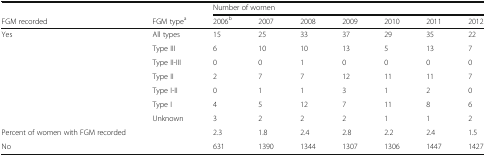
<table><thead><tr><td colspan="2"></td><td colspan="7"><b>Number of women</b></td></tr><tr><td><b>FGM recorded</b></td><td><b>FGM type<sup>a</sup></b></td><td><b>2006<sup>b</sup></b></td><td><b>2007</b></td><td><b>2008</b></td><td><b>2009</b></td><td><b>2010</b></td><td><b>2011</b></td><td><b>2012</b></td></tr></thead><tbody><tr><td>Yes</td><td>All types</td><td>15</td><td>25</td><td>33</td><td>37</td><td>29</td><td>35</td><td>22</td></tr><tr><td></td><td>Type III</td><td>6</td><td>10</td><td>10</td><td>13</td><td>5</td><td>13</td><td>7</td></tr><tr><td></td><td>Type II-III</td><td>0</td><td>0</td><td>1</td><td>0</td><td>0</td><td>0</td><td>0</td></tr><tr><td></td><td>Type II</td><td>2</td><td>7</td><td>7</td><td>12</td><td>11</td><td>11</td><td>7</td></tr><tr><td></td><td>Type I-II</td><td>0</td><td>1</td><td>1</td><td>3</td><td>1</td><td>2</td><td>0</td></tr><tr><td></td><td>Type I</td><td>4</td><td>5</td><td>12</td><td>7</td><td>11</td><td>8</td><td>6</td></tr><tr><td></td><td>Unknown</td><td>3</td><td>2</td><td>2</td><td>2</td><td>1</td><td>1</td><td>2</td></tr><tr><td>Percent of women with FGM recorded</td><td></td><td>2.3</td><td>1.8</td><td>2.4</td><td>2.8</td><td>2.2</td><td>2.4</td><td>1.5</td></tr><tr><td>No</td><td></td><td>631</td><td>1390</td><td>1344</td><td>1307</td><td>1306</td><td>1447</td><td>1427</td></tr></tbody></table>